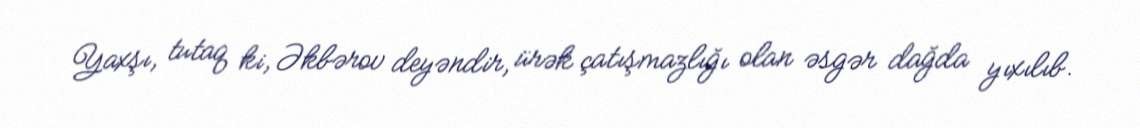
Yaxşı, tutaq ki, Əkbərov deyəndir, ürək çatışmazlığı olan əsgər dağda yıxılıb.